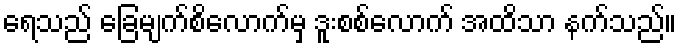
ရေသည် ခြေမျက်စိလောက်မှ ဒူးစစ်လောက် အထိသာ နက်သည်။